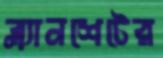
ব্ল্যানশেটের